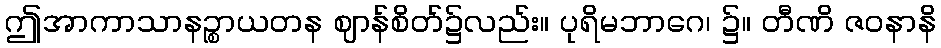
ဤအာကာသာနဉ္စာယတန ဈာန်စိတ်၌လည်း။ ပုရိမဘာဂေ၊ ၌။ တီဏိ ဇဝနာနိ